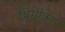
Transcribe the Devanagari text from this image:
भिसीकर